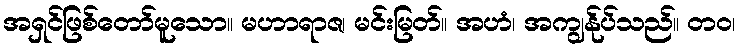
အရှင်ဖြစ်တော်မူသော။ မဟာရာဇ၊ မင်းမြတ်။ အဟံ၊ အကျွန်ုပ်သည်။ တဝ၊